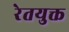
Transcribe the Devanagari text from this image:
रेतयुक्त